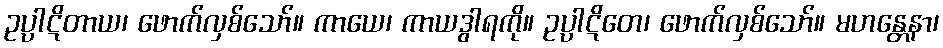
ဥပ္ပါဋိတာယ၊ ဖောက်လှစ်သော်။ ကာယေ၊ ကာယဒွါရကို။ ဥပ္ပါဋိတေ၊ ဖောက်လှစ်သော်။ မဟန္တေနာ၊